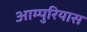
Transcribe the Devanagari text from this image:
आम्पुरियास